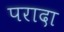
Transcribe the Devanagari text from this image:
परादा